Newspaper: The weekly Ottumwa courier. [volume]
Place of publication: Ottumwa, Iowa
Publisher: J.W. & G.P. Norris
Date: 1870-01-13 00:00:00
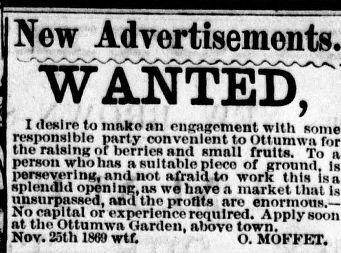
Advertisement text (OCR):
New WANTED I desire to mako an engagement with some responsible party convenient to Ottumwa tne raising of berries and smnll fruits. To a person who has a suitable piece of ground Is persevering, nnd not afraid to work this isa I splendid opening,sis wo have n market Hint is unsurpassed, and the profits are enornmus,— I No capital or experience required. Apply soon at the ottumwa »arden, above town. I Nov. 25th 1^'wtf. (). MOKKET.
Label: text-only